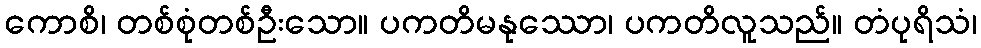
ကောစိ၊ တစ်စုံတစ်ဦးသော။ ပကတိမနုဿော၊ ပကတိလူသည်။ တံပုရိသံ၊